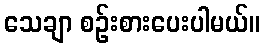
သေချာ စဉ်းစားပေးပါမယ်။